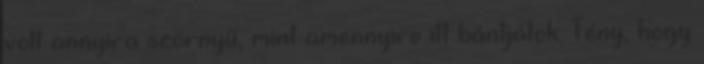
volt annyira szörnyű, mint amennyire itt bántjátok. Tény, hogy